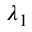
\lambda _ { 1 }